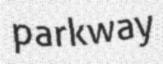
parkway